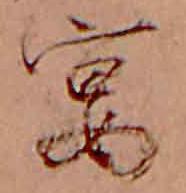
宴